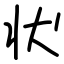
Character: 状